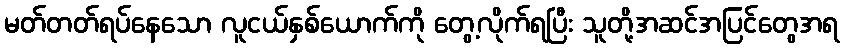
မတ်တတ်ရပ်နေသော လူငယ်နှစ်ယောက်ကို တွေ့လိုက်ရပြီး သူတို့အဆင်အပြင်တွေအရ